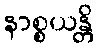
နာစ္စယန္တိ